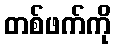
တစ်ဖက်ကို